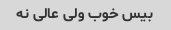
بیس خوب ولی عالی نه